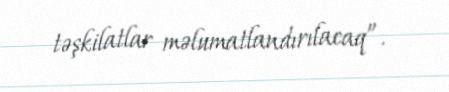
təşkilatlar məlumatlandırılacaq”.